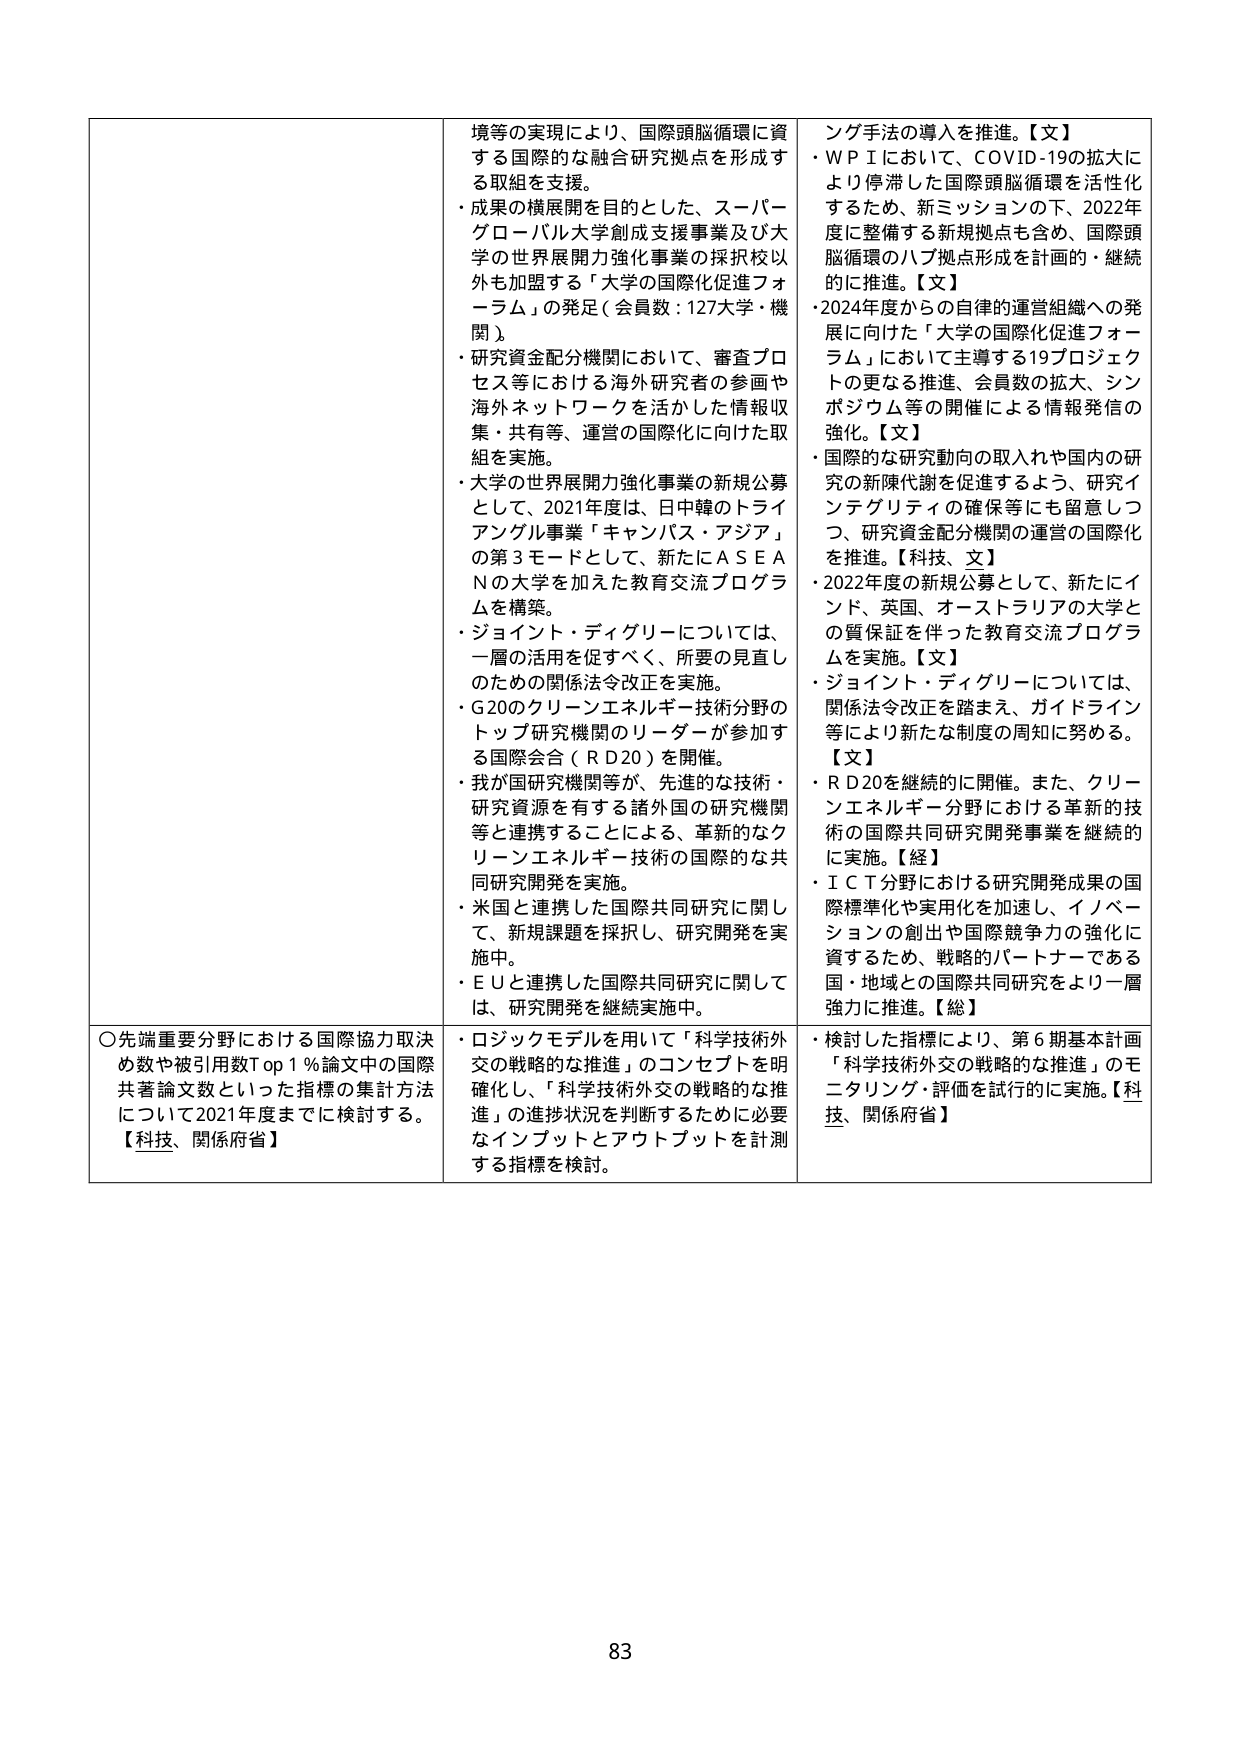
境等の実現により、国際頭脳循環に資する国際的な融合研究拠点を形成する取組を支援。
・成果の横展開を目的とした、スーパーグローバル大学創成支援事業及び大学の世界展開力強化事業の採択校以外も加盟する「大学の国際化促進フォーラム」の発足（会員数：127大学・機関）。
・研究資金配分機関において、審査プロセス等における海外研究者の参画や海外ネットワークを活かした情報収集・共有等、運営の国際化に向けた取組を実施。
・大学の世界展開力強化事業の新規公募として、2021年度は、日中韓のトライアングル事業「キャンパス・アジア」の第3モードとして、新たにＡＳＥＡＮの大学を加えた教育交流プログラムを構築。
・ジョイント・ディグリーについては、一層の活用を促すべく、所要の見直しのための関係法令改正を実施。
・Ｇ20のクリーンエネルギー技術分野のトップ研究機関のリーダーが参加する国際会合（ＲＤ20）を開催。
・我が国研究機関等が、先進的な技術・研究資源を有する諸外国の研究機関等と連携することによる、革新的なクリーンエネルギー技術の国際的な共同研究開発を実施。
・米国と連携した国際共同研究に関して、新規課題を採択し、研究開発を実施中。
・ＥＵと連携した国際共同研究に関しては、研究開発を継続実施中。

〇先端重要分野における国際協力取決め数や被引用数Top1％論文中の国際共著論文数といった指標の集計方法について2021年度までに検討する。【科技、関係府省】

シング手法の導入を推進。【文】
・ＷＰＩにおいて、ＣＯＶＩＤ-19の拡大により停滞した国際頭脳循環を活性化するため、新ミッションの下、2022年度に整備する新規拠点を含め、国際頭脳循環のハブ拠点形成を計画的・継続的に推進。【文】
・2024年度からの自律的運営組織への発展に向けた「大学の国際化促進フォーラム」において主導する19プロジェクトの更なる推進、会員数の拡大、シンポジウム等の開催による情報発信の強化。【文】
・国際的な研究動向の取入れや国内の研究の新陳代謝を促進するよう、研究インテグリティの確保等にも留意しつつ、研究資金配分機関の運営の国際化を推進。【科技、文】
・2022年度の新規公募として、新たにインド、英国、オーストラリアの大学との質保証を伴った教育交流プログラムを実施。【文】
・ジョイント・ディグリーについては、関係法令改正を踏まえ、ガイドライン等により新たな制度の周知に努める。【文】
・ＲＤ20を継続的に開催。また、クリーンエネルギー分野における革新的技術の国際共同研究開発事業を継続的に実施。【経】
・ＩＣＴ分野における研究開発成果の国際標準化や実用化を加速し、イノベーションの創出や国際競争力の強化に資するため、戦略的パートナーである国・地域との国際共同研究をより一層強力に推進。【総】

・ロジックモデルを用いて「科学技術外交の戦略的な推進」のコンセプトを明確化し、「科学技術外交の戦略的な推進」の進捗状況を判断するために必要なインプットとアウトプットを計測する指標を検討。

・検討した指標により、第6期基本計画「科学技術外交の戦略的な推進」のモニタリング・評価を試行的に実施。【科技、関係府省】

83